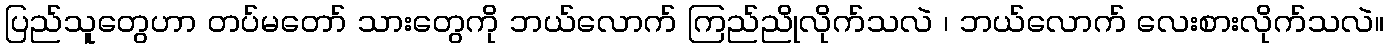
ပြည်သူတွေဟာ တပ်မတော် သားတွေကို ဘယ်လောက် ကြည်ညိုလိုက်သလဲ ၊ ဘယ်လောက် လေးစားလိုက်သလဲ။